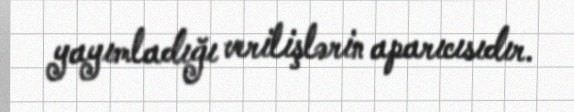
yayımladığı verilişlərin aparıcısıdır.